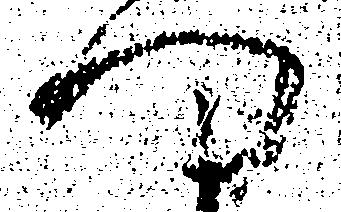
門